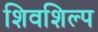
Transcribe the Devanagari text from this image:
शिवशिल्प